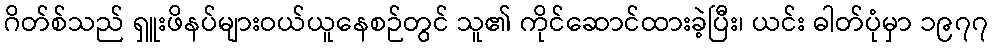
ဂိတ်စ်သည် ရှူးဖိနပ်များဝယ်ယူနေစဉ်တွင် သူ၏ ကိုင်ဆောင်ထားခဲ့ပြီး၊ ယင်း ဓါတ်ပုံမှာ ၁၉၇၇